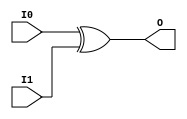

/*

FUNCTION	: 2-INPUT XOR GATE

*/

`timescale  100 ps / 10 ps

`celldefine

module XOR2 (O, I0, I1);


    output O;

    input  I0, I1;

	xor X1 (O, I0, I1);

    specify
	(I0 *> O) = (0, 0);
	(I1 *> O) = (0, 0);
    endspecify

endmodule

`endcelldefine